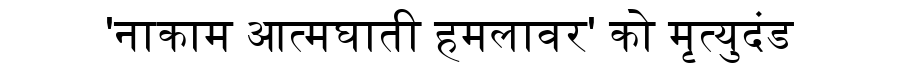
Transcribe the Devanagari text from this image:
'नाकाम आत्मघाती हमलावर' को मृत्युदंड